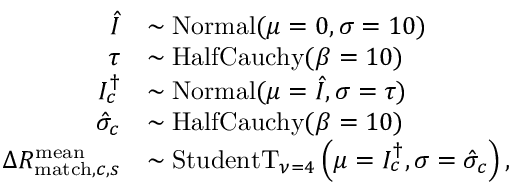
\begin{array} { r l } { \hat { I } } & { \sim \mathrm { N o r m a l } ( \mu = 0 , \sigma = 1 0 ) } \\ { \tau } & { \sim \mathrm { H a l f C a u c h y } ( \beta = 1 0 ) } \\ { I _ { c } ^ { \dagger } } & { \sim \mathrm { N o r m a l } ( \mu = \hat { I } , \sigma = \tau ) } \\ { \hat { \sigma } _ { c } } & { \sim \mathrm { H a l f C a u c h y } ( \beta = 1 0 ) } \\ { \Delta R _ { \mathrm { m a t c h } , c , s } ^ { \mathrm { m e a n } } } & { \sim \mathrm { S t u d e n t T } _ { \nu = 4 } \left( \mu = I _ { c } ^ { \dagger } , \sigma = \hat { \sigma } _ { c } \right) , } \end{array}